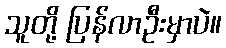
သူတို့ ပြန်လာဦးမှာပဲ။